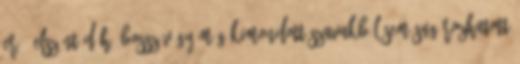
erő, elszánt düh, bosszúvágy még kimondott szavakból sem sugározhatott